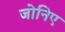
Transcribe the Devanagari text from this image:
जोनिए